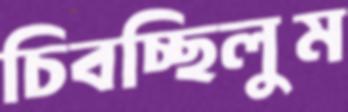
চিবচ্ছিলুম